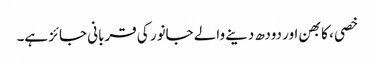
خصی ، کابھن اور دودھ دینے والے جانور کی قربانی جائز ہے۔